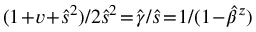
( 1 \! + \! v \! + \! \hat { s } ^ { 2 } ) / 2 \hat { s } ^ { 2 } \! = \! \hat { \gamma } / \hat { s } \! = \! 1 / ( 1 \! - \! \hat { \beta } ^ { z } )